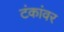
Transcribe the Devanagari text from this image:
टंकांवर